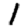
Digit: 1